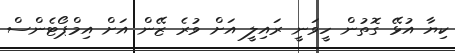
ކިޔާ އުޅޭ ގޮތުން ހީވަނީ ރައިލީ އަށް ވުރެ ޒޭން އަށް އިމްޕޯޓެންސް